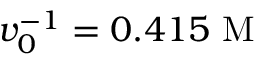
v _ { 0 } ^ { - 1 } = 0 . 4 1 5 \mathrm { ~ M ~ }